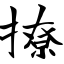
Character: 撩